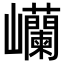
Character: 𫶥